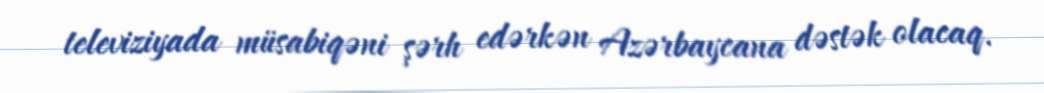
televiziyada müsabiqəni şərh edərkən Azərbaycana dəstək olacaq.